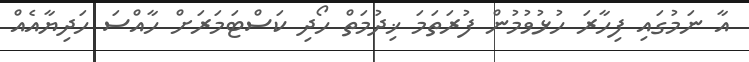
އާ ނަމުގައި ފިހާރަ ހުޅުވުމުން ފުރަތަމަ ޚިދުމަތް ހޯދި ކަސްޓަމަރަށް ހާއްސަ ހަދިޔާއެއް